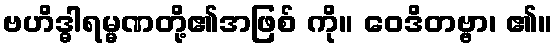
ဗဟိဒ္ဓါရမ္မဏတို့၏အဖြစ် ကို။ ဝေဒိတဗ္ဗာ၊ ၏။